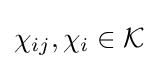
\chi _{ij},\chi _{i}\in {\mathcal {K}}